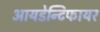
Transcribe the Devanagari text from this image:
आयडेन्टिफायर